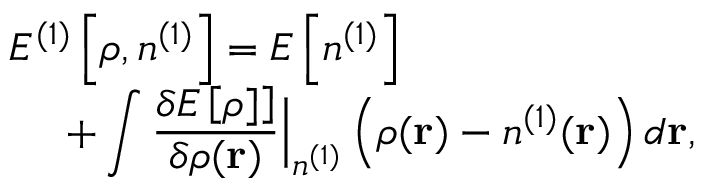
\begin{array} { l } { { \displaystyle { \cal E } ^ { ( 1 ) } \left[ \rho , n ^ { ( 1 ) } \right] = E \left[ n ^ { ( 1 ) } \right] } \ ~ } \\ { { \displaystyle ~ ~ ~ ~ + \int \frac { \delta E \left[ \rho ] \right] } { \delta \rho ( { \bf r } ) } \Big \vert _ { n ^ { ( 1 ) } } \left( \rho ( { \bf r } ) - n ^ { ( 1 ) } ( { \bf r } ) \right) d { \bf r } } , } \end{array}